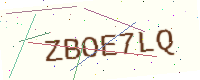
Text: ZBOE7LQ